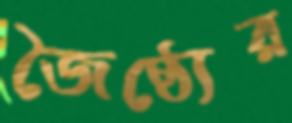
জৈষ্ঠ্যের